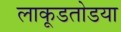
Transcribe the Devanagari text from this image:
लाकूडतोडया